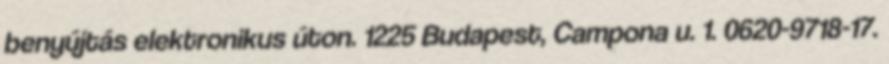
benyújtás elektronikus úton. 1225 Budapest, Campona u. 1. 0620-9718-17.